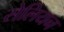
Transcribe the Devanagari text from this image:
सेलियन